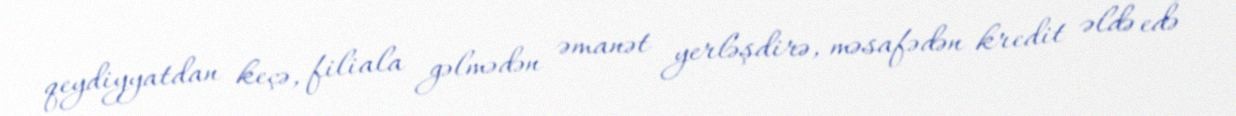
qeydiyyatdan keçə, filiala gəlmədən əmanət yerləşdirə, məsafədən kredit əldə edə